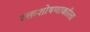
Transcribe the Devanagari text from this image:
रक्तशोषणाकरिता